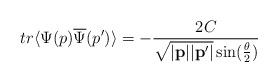
LaTeX: \begin{align*}tr\langle\Psi(p)\overline{\Psi}(p^{\prime})\rangle=-\frac{2C}{\sqrt{|{\bf p}||{\bf p}^{\prime}|}\sin(\frac{\theta}{2})}\end{align*}